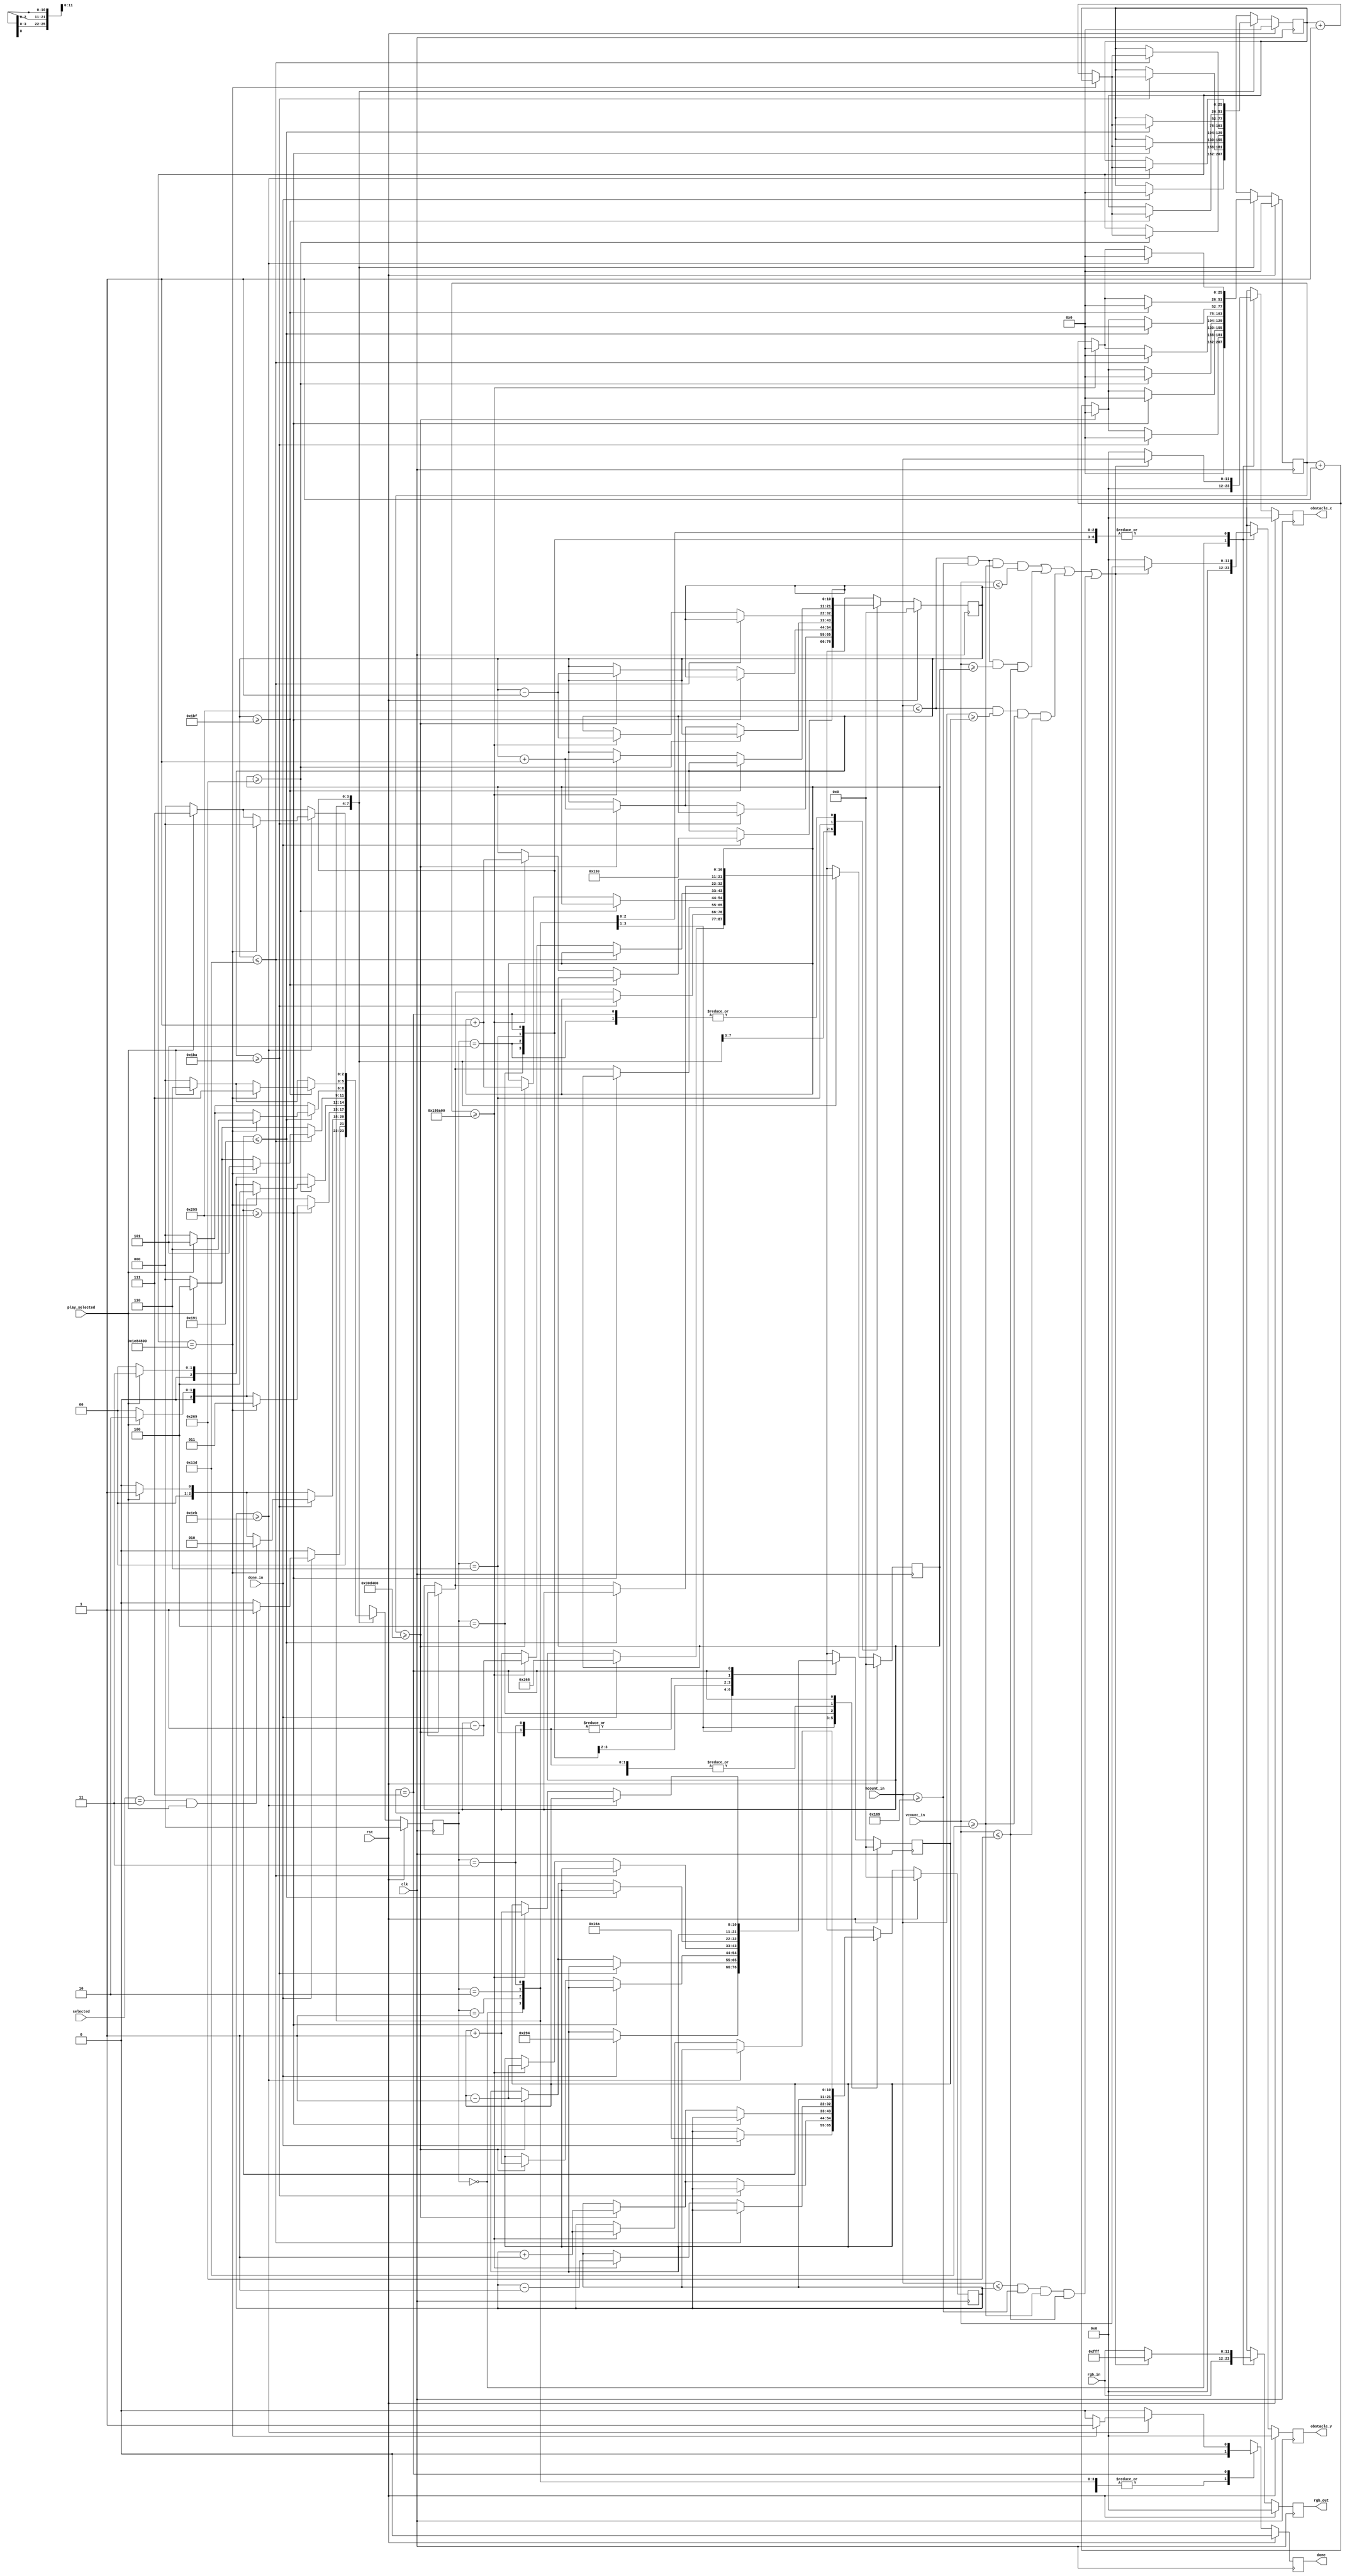
`timescale 1ns / 1ps
//////////////////////////////////////////////////////////////////////////////////
// Company: 
// Engineer: 
// 
// Design Name: 
// Module Name: square_follow_obstacle
// Project Name: 
// Target Devices: 
// Tool Versions: 
// Description: 
// 
// Dependencies: 
// 
// Revision:
// Revision 0.01 - File Created
// Additional Comments:
// 
//////////////////////////////////////////////////////////////////////////////////
/*
*MO-created module
*
*/


module square_follow_obstacle
    #( parameter
        SELECT_CODE = 3'b011
    )
    (
        input wire [11:0] vcount_in,
        input wire [11:0] hcount_in,
        input wire clk,
        input wire rst,
        input wire [11:0] rgb_in,
        input wire play_selected,
        input wire [2:0] selected,
        input wire done_in,
        
        output reg [11:0] rgb_out,
        output reg [11:0] obstacle_x,
        output reg [11:0] obstacle_y,
        output reg done
    );
      
localparam COUNTER_MOVE             = 3200000,
           COUNTER_BETWEEN_STATES   = 32000000,
           COUNTER_FAST_MOVE        = COUNTER_MOVE/2 ;  

localparam GAME_FIELD_TOP       = 317,
           GAME_FIELD_BOTTOM    = 617,
           GAME_FIELD_LEFT      = 361,
           GAME_FIELD_RIGHT     = 661;
          

localparam IDLE                 = 3'b000,
           CLOSE_IN             = 3'b001,
           MOVE_TO_RIGHT_TOP    = 3'b010,
           MOVE_TO_RIGHT_BOTTOM = 3'b011,
           MOVE_TO_LEFT_TOP     = 3'b100,
           CLOSE_IN_MORE        = 3'b101,
           MOVE_TO_LEFT_MIDDLE  = 3'b110,
           MOVE_TO_CENTER       = 3'b111;
           
reg [25:0] counter_between_lasers, counter_between_lasers_nxt, counter_on_laser, counter_on_laser_nxt;
reg [11:0] rgb_nxt;
reg [11:0] obstacle_x_nxt, obstacle_y_nxt;
reg [2:0] state, state_nxt;
reg done_nxt;


reg [10:0] square_hole_top, square_hole_bottom, square_hole_left, square_hole_right, square_hole_top_nxt, square_hole_bottom_nxt, square_hole_left_nxt, square_hole_right_nxt;

always @(posedge clk) begin
    if (rst) begin
        state                   <= IDLE;
        rgb_out                 <= 0; 
        obstacle_x              <= 0;
        obstacle_y              <= 0;
        square_hole_top         <= 0;
        square_hole_bottom      <= 0;
        square_hole_left        <= 0;
        square_hole_right       <= 0;
        counter_between_lasers  <= 0;
        counter_on_laser        <= 0;
        done                    <= 0;
    end
    else begin
        state                   <= state_nxt;
        rgb_out                 <= rgb_nxt;
        obstacle_x              <= obstacle_x_nxt;
        obstacle_y              <= obstacle_y_nxt;   
        square_hole_top         <= square_hole_top_nxt;
        square_hole_bottom      <= square_hole_bottom_nxt;
        square_hole_left        <= square_hole_left_nxt;
        square_hole_right       <= square_hole_right_nxt;
        counter_between_lasers  <= counter_between_lasers_nxt;
        counter_on_laser        <= counter_on_laser_nxt;
        done                    <= done_nxt;
    end
end

always @* begin
    rgb_nxt                     = rgb_in;
    state_nxt                   = IDLE;
    counter_between_lasers_nxt  = counter_between_lasers;
    counter_on_laser_nxt        = 0;
    square_hole_top_nxt         = square_hole_top;
    square_hole_bottom_nxt      = square_hole_bottom;
    square_hole_left_nxt        = square_hole_left;
    square_hole_right_nxt       = square_hole_right;
    obstacle_x_nxt              = 0;
    obstacle_y_nxt              = 0;
    done_nxt                    = 0;
    
    case (state)
        IDLE: begin

            if (done_in) begin
                state_nxt = ((selected == SELECT_CODE) && play_selected) ? CLOSE_IN : IDLE;
                square_hole_top_nxt = GAME_FIELD_TOP + 1;
                square_hole_bottom_nxt = GAME_FIELD_BOTTOM - 1;
                square_hole_left_nxt = GAME_FIELD_LEFT + 1;
                square_hole_right_nxt = GAME_FIELD_RIGHT - 1;
                counter_between_lasers_nxt = 0;
            end
            else
                state_nxt = IDLE;
        end
        
        CLOSE_IN: begin
            if (!play_selected)
                state_nxt = IDLE;
            else 
                state_nxt = CLOSE_IN;
            
            if ((hcount_in <= GAME_FIELD_RIGHT && hcount_in >= GAME_FIELD_LEFT && vcount_in >= GAME_FIELD_TOP && vcount_in <= square_hole_top)  ||
                (hcount_in <= GAME_FIELD_RIGHT && hcount_in >= GAME_FIELD_LEFT && vcount_in >= square_hole_bottom && vcount_in <= GAME_FIELD_BOTTOM) ||
                (hcount_in <= GAME_FIELD_RIGHT && hcount_in >= square_hole_right && vcount_in >= GAME_FIELD_TOP && vcount_in <= GAME_FIELD_BOTTOM) ||
                (hcount_in <= square_hole_left && hcount_in >= GAME_FIELD_LEFT && vcount_in >= GAME_FIELD_TOP && vcount_in <= GAME_FIELD_BOTTOM)) begin
                //begin
                rgb_nxt = 12'hf_f_f;
                obstacle_x_nxt = hcount_in;
                obstacle_y_nxt = vcount_in;
            end
            else
                rgb_nxt = rgb_in;
                                 
            if (square_hole_top >= GAME_FIELD_TOP + 125 ) begin         //move to next state after delay when size conditions are met 
                if (counter_between_lasers == COUNTER_BETWEEN_STATES)               
                    state_nxt = MOVE_TO_RIGHT_TOP;
                else
                    counter_between_lasers_nxt = counter_between_lasers + 1;   
            end
            else begin          //expand borders with delay between expansions to slow down   
                if (counter_on_laser >= COUNTER_MOVE) begin  
                    square_hole_top_nxt = square_hole_top + 1;          // "-" to go up, "+" to go down 
                    square_hole_bottom_nxt = square_hole_bottom - 1;    // "-" to go up, "+" to go down 
                    square_hole_left_nxt = square_hole_left + 1;        // "-" to go left, "+" to go right
                    square_hole_right_nxt = square_hole_right - 1;      // "-" to go left, "+" to go right
                    counter_on_laser_nxt = 0;
                end
                else begin
                    counter_on_laser_nxt = counter_on_laser + 1;
                    square_hole_top_nxt = square_hole_top;
                    square_hole_bottom_nxt = square_hole_bottom;
                    square_hole_left_nxt = square_hole_left;
                    square_hole_right_nxt = square_hole_right;
                end
            end
             
         end
         
         MOVE_TO_RIGHT_TOP: begin
         
            if (!play_selected)
                state_nxt = IDLE;
            else 
                state_nxt = MOVE_TO_RIGHT_TOP;
            
            if ((hcount_in <= GAME_FIELD_RIGHT && hcount_in >= GAME_FIELD_LEFT && vcount_in >= GAME_FIELD_TOP && vcount_in <= square_hole_top)  ||
                (hcount_in <= GAME_FIELD_RIGHT && hcount_in >= GAME_FIELD_LEFT && vcount_in >= square_hole_bottom && vcount_in <= GAME_FIELD_BOTTOM) ||
                (hcount_in <= GAME_FIELD_RIGHT && hcount_in >= square_hole_right && vcount_in >= GAME_FIELD_TOP && vcount_in <= GAME_FIELD_BOTTOM) ||
                (hcount_in <= square_hole_left && hcount_in >= GAME_FIELD_LEFT && vcount_in >= GAME_FIELD_TOP && vcount_in <= GAME_FIELD_BOTTOM)) begin
                //begin
                rgb_nxt = 12'hf_f_f;
                obstacle_x_nxt = hcount_in;
                obstacle_y_nxt = vcount_in;
            end
            else
                rgb_nxt = rgb_in;
                
                
            if (square_hole_right >= GAME_FIELD_RIGHT ) begin         //move to next state after delay when size conditions are met 
                if (counter_between_lasers == COUNTER_BETWEEN_STATES)               
                    state_nxt = MOVE_TO_RIGHT_BOTTOM;
                else
                    counter_between_lasers_nxt = counter_between_lasers + 1;
            end
            else begin          //expand borders with delay between expansions to slow down   
                if (counter_on_laser >= COUNTER_MOVE) begin  
                    square_hole_top_nxt = square_hole_top -1;            // "-" to go up, "+" to go down 
                    square_hole_bottom_nxt = square_hole_bottom - 1;     // "-" to go up, "+" to go down
                    square_hole_left_nxt = square_hole_left + 1;         // "-" to go left, "+" to go right
                    square_hole_right_nxt = square_hole_right + 1;       // "-" to go left, "+" to go right
                    counter_on_laser_nxt = 0;
                end
                else begin
                    counter_on_laser_nxt = counter_on_laser + 1;
                    square_hole_top_nxt = square_hole_top;
                    square_hole_bottom_nxt = square_hole_bottom;
                    square_hole_left_nxt = square_hole_left;
                    square_hole_right_nxt = square_hole_right;
                end
            end 
            
        end
        
        MOVE_TO_RIGHT_BOTTOM: begin
        
            if (!play_selected)
                state_nxt = IDLE;
            else 
                state_nxt = MOVE_TO_RIGHT_BOTTOM;
            
            if ((hcount_in <= GAME_FIELD_RIGHT && hcount_in >= GAME_FIELD_LEFT && vcount_in >= GAME_FIELD_TOP && vcount_in <= square_hole_top)  ||
                (hcount_in <= GAME_FIELD_RIGHT && hcount_in >= GAME_FIELD_LEFT && vcount_in >= square_hole_bottom && vcount_in <= GAME_FIELD_BOTTOM) ||
                (hcount_in <= GAME_FIELD_RIGHT && hcount_in >= square_hole_right && vcount_in >= GAME_FIELD_TOP && vcount_in <= GAME_FIELD_BOTTOM) ||
                (hcount_in <= square_hole_left && hcount_in >= GAME_FIELD_LEFT && vcount_in >= GAME_FIELD_TOP && vcount_in <= GAME_FIELD_BOTTOM)) begin
                //begin
                rgb_nxt = 12'hf_f_f;
                obstacle_x_nxt = hcount_in;
                obstacle_y_nxt = vcount_in;
            end
            else
                rgb_nxt = rgb_in;
                
                
            if (square_hole_bottom >= GAME_FIELD_BOTTOM ) begin         //move to next state after delay when size conditions are met 
                if (counter_between_lasers == COUNTER_BETWEEN_STATES)              
                    state_nxt = MOVE_TO_LEFT_TOP;
                else
                    counter_between_lasers_nxt = counter_between_lasers + 1;
            end
            else begin          //expand borders with delay between expansions to slow down   
                if (counter_on_laser >= COUNTER_MOVE) begin  
                    square_hole_top_nxt = square_hole_top + 1;            // "-" to go up, "+" to go down 
                    square_hole_bottom_nxt = square_hole_bottom + 1;     // "-" to go up, "+" to go down
                    square_hole_left_nxt = square_hole_left ;         // "-" to go left, "+" to go right
                    square_hole_right_nxt = square_hole_right ;       // "-" to go left, "+" to go right
                    counter_on_laser_nxt = 0;
                end
                else begin
                    counter_on_laser_nxt = counter_on_laser + 1;
                    square_hole_top_nxt = square_hole_top;
                    square_hole_bottom_nxt = square_hole_bottom;
                    square_hole_left_nxt = square_hole_left;
                    square_hole_right_nxt = square_hole_right;
                end
            end
            
        end
        
        MOVE_TO_LEFT_TOP: begin
        
            if (!play_selected)
                state_nxt = IDLE;
            else 
                state_nxt = MOVE_TO_LEFT_TOP;
            
            if ((hcount_in <= GAME_FIELD_RIGHT && hcount_in >= GAME_FIELD_LEFT && vcount_in >= GAME_FIELD_TOP && vcount_in <= square_hole_top)  ||
                (hcount_in <= GAME_FIELD_RIGHT && hcount_in >= GAME_FIELD_LEFT && vcount_in >= square_hole_bottom && vcount_in <= GAME_FIELD_BOTTOM) ||
                (hcount_in <= GAME_FIELD_RIGHT && hcount_in >= square_hole_right && vcount_in >= GAME_FIELD_TOP && vcount_in <= GAME_FIELD_BOTTOM) ||
                (hcount_in <= square_hole_left && hcount_in >= GAME_FIELD_LEFT && vcount_in >= GAME_FIELD_TOP && vcount_in <= GAME_FIELD_BOTTOM)) begin
                //begin
                rgb_nxt = 12'hf_f_f;
                obstacle_x_nxt = hcount_in;
                obstacle_y_nxt = vcount_in;
            end
            else
                rgb_nxt = rgb_in;
                
                
            if (square_hole_top <= GAME_FIELD_TOP ) begin         //move to next state after delay when size conditions are met 
                if (counter_between_lasers == COUNTER_BETWEEN_STATES)              
                    state_nxt = CLOSE_IN_MORE;
                else
                    counter_between_lasers_nxt = counter_between_lasers + 1;
            end
            else begin          //expand borders with delay between expansions to slow down   
                if (counter_on_laser >= COUNTER_FAST_MOVE) begin  
                    square_hole_top_nxt = square_hole_top - 1;            // "-" to go up, "+" to go down 
                    square_hole_bottom_nxt = square_hole_bottom - 1;     // "-" to go up, "+" to go down
                    square_hole_left_nxt = square_hole_left - 1;         // "-" to go left, "+" to go right
                    square_hole_right_nxt = square_hole_right - 1;       // "-" to go left, "+" to go right
                    counter_on_laser_nxt = 0;
                end
                else begin
                    counter_on_laser_nxt = counter_on_laser + 1;
                    square_hole_top_nxt = square_hole_top;
                    square_hole_bottom_nxt = square_hole_bottom;
                    square_hole_left_nxt = square_hole_left;
                    square_hole_right_nxt = square_hole_right;
                end
            end
            
        end
        
        CLOSE_IN_MORE: begin
        
            if (!play_selected)
                state_nxt = IDLE;
            else 
                state_nxt = CLOSE_IN_MORE;
            
            if ((hcount_in <= GAME_FIELD_RIGHT && hcount_in >= GAME_FIELD_LEFT && vcount_in >= GAME_FIELD_TOP && vcount_in <= square_hole_top)  ||
                (hcount_in <= GAME_FIELD_RIGHT && hcount_in >= GAME_FIELD_LEFT && vcount_in >= square_hole_bottom && vcount_in <= GAME_FIELD_BOTTOM) ||
                (hcount_in <= GAME_FIELD_RIGHT && hcount_in >= square_hole_right && vcount_in >= GAME_FIELD_TOP && vcount_in <= GAME_FIELD_BOTTOM) ||
                (hcount_in <= square_hole_left && hcount_in >= GAME_FIELD_LEFT && vcount_in >= GAME_FIELD_TOP && vcount_in <= GAME_FIELD_BOTTOM)) begin
                //begin
                rgb_nxt = 12'hf_f_f;
                obstacle_x_nxt = hcount_in;
                obstacle_y_nxt = vcount_in;
            end
            else
                rgb_nxt = rgb_in;
                                 
            if (square_hole_right <= GAME_FIELD_LEFT + 40 ) begin         //move to next state after delay when size conditions are met 
                if (counter_between_lasers == COUNTER_BETWEEN_STATES)               
                    state_nxt = MOVE_TO_LEFT_MIDDLE;
                else
                    counter_between_lasers_nxt = counter_between_lasers + 1;       
            end
            else begin          //expand borders with delay between expansions to slow down   
                if (counter_on_laser >= COUNTER_MOVE) begin  
                    square_hole_top_nxt = square_hole_top;          // "-" to go up, "+" to go down 
                    square_hole_bottom_nxt = square_hole_bottom - 1;    // "-" to go up, "+" to go down 
                    square_hole_left_nxt = square_hole_left;        // "-" to go left, "+" to go right
                    square_hole_right_nxt = square_hole_right - 1;      // "-" to go left, "+" to go right
                    counter_on_laser_nxt = 0;
                end
                else begin
                    counter_on_laser_nxt = counter_on_laser + 1;
                    square_hole_top_nxt = square_hole_top;
                    square_hole_bottom_nxt = square_hole_bottom;
                    square_hole_left_nxt = square_hole_left;
                    square_hole_right_nxt = square_hole_right;
                end
            end 
            
        end
        
        MOVE_TO_LEFT_MIDDLE: begin
        
            if (!play_selected)
                state_nxt = IDLE;
            else 
                state_nxt = MOVE_TO_LEFT_MIDDLE;
            
            if ((hcount_in <= GAME_FIELD_RIGHT && hcount_in >= GAME_FIELD_LEFT && vcount_in >= GAME_FIELD_TOP && vcount_in <= square_hole_top)  ||
                (hcount_in <= GAME_FIELD_RIGHT && hcount_in >= GAME_FIELD_LEFT && vcount_in >= square_hole_bottom && vcount_in <= GAME_FIELD_BOTTOM) ||
                (hcount_in <= GAME_FIELD_RIGHT && hcount_in >= square_hole_right && vcount_in >= GAME_FIELD_TOP && vcount_in <= GAME_FIELD_BOTTOM) ||
                (hcount_in <= square_hole_left && hcount_in >= GAME_FIELD_LEFT && vcount_in >= GAME_FIELD_TOP && vcount_in <= GAME_FIELD_BOTTOM)) begin
                //begin
                rgb_nxt = 12'hf_f_f;
                obstacle_x_nxt = hcount_in;
                obstacle_y_nxt = vcount_in;
            end
            else
                rgb_nxt = rgb_in;
                
                
            if (square_hole_top >= GAME_FIELD_TOP + 130 ) begin         //move to next state after delay when size conditions are met 
                if (counter_between_lasers == COUNTER_BETWEEN_STATES)               
                    state_nxt = MOVE_TO_CENTER;
                else
                    counter_between_lasers_nxt = counter_between_lasers + 1;
            end
            else begin          //expand borders with delay between expansions to slow down   
                if (counter_on_laser >= COUNTER_FAST_MOVE) begin  
                    square_hole_top_nxt = square_hole_top + 1;            // "-" to go up, "+" to go down 
                    square_hole_bottom_nxt = square_hole_bottom + 1;     // "-" to go up, "+" to go down
                    square_hole_left_nxt = square_hole_left ;         // "-" to go left, "+" to go right
                    square_hole_right_nxt = square_hole_right ;       // "-" to go left, "+" to go right
                    counter_on_laser_nxt = 0;
                end
                else begin
                    counter_on_laser_nxt = counter_on_laser + 1;
                    square_hole_top_nxt = square_hole_top;
                    square_hole_bottom_nxt = square_hole_bottom;
                    square_hole_left_nxt = square_hole_left;
                    square_hole_right_nxt = square_hole_right;
                end
            end
            
        end
        
        MOVE_TO_CENTER: begin  
        
            if (!play_selected)
                state_nxt = IDLE;
            else 
                state_nxt = MOVE_TO_CENTER;
            
            if ((hcount_in <= GAME_FIELD_RIGHT && hcount_in >= GAME_FIELD_LEFT && vcount_in >= GAME_FIELD_TOP && vcount_in <= square_hole_top)  ||
                (hcount_in <= GAME_FIELD_RIGHT && hcount_in >= GAME_FIELD_LEFT && vcount_in >= square_hole_bottom && vcount_in <= GAME_FIELD_BOTTOM) ||
                (hcount_in <= GAME_FIELD_RIGHT && hcount_in >= square_hole_right && vcount_in >= GAME_FIELD_TOP && vcount_in <= GAME_FIELD_BOTTOM) ||
                (hcount_in <= square_hole_left && hcount_in >= GAME_FIELD_LEFT && vcount_in >= GAME_FIELD_TOP && vcount_in <= GAME_FIELD_BOTTOM)) begin
                //begin
                rgb_nxt = 12'hf_f_f;
                obstacle_x_nxt = hcount_in;
                obstacle_y_nxt = vcount_in;
            end
            else
                rgb_nxt = rgb_in;
                
                
            if (square_hole_left >= GAME_FIELD_LEFT + 130 ) begin         //move to next state after delay when size conditions are met 
                if (counter_between_lasers == COUNTER_BETWEEN_STATES) begin               
                    state_nxt = IDLE;
                    done_nxt = 1;
                end
                else
                    counter_between_lasers_nxt = counter_between_lasers + 1;
            end
            else begin          //expand borders with delay between expansions to slow down   
                if (counter_on_laser >= COUNTER_FAST_MOVE) begin  
                   square_hole_top_nxt = square_hole_top;            // "-" to go up, "+" to go down 
                   square_hole_bottom_nxt = square_hole_bottom ;     // "-" to go up, "+" to go down
                   square_hole_left_nxt = square_hole_left + 1;         // "-" to go left, "+" to go right
                   square_hole_right_nxt = square_hole_right + 1;       // "-" to go left, "+" to go right
                   counter_on_laser_nxt = 0;
                end
                else begin
                   counter_on_laser_nxt = counter_on_laser + 1;
                   square_hole_top_nxt = square_hole_top;
                   square_hole_bottom_nxt = square_hole_bottom;
                   square_hole_left_nxt = square_hole_left;
                   square_hole_right_nxt = square_hole_right;
                end
            end
            
        end 
    endcase
end  

endmodule